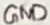
Text: GND